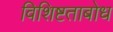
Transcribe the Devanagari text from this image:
विशिष्टताबोध